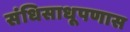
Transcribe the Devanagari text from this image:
संधिसाधूपणास